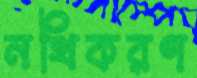
নথিকরণ